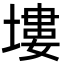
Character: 塿